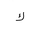
Letter: _kaf